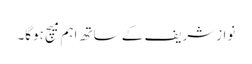
نوازشریف کے ساتھ اہم میچ ہوگا۔